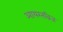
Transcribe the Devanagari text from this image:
आयरनब्रिज